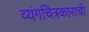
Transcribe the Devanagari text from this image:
व्यंगचित्रकाराची